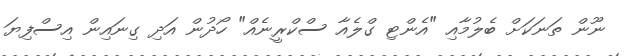
ނޫން ތަނަކަށް ބެލުމާއި "އެންޓި ގްލެއާ ސްކްރީނެއް" ހޯދުން އަދި ގިނައިން އިސްފިޔަ